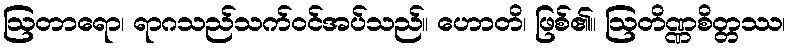
ဩတာရော၊ ရာဂသည်သက်ဝင်အပ်သည်။ ဟောတိ၊ ဖြစ်၏။ ဩတိဏ္ဏစိတ္တဿ၊